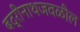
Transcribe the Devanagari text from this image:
बद्रीनाथजवळील